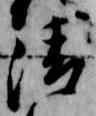
清